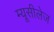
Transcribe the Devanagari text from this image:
म्यूसीलेज